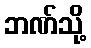
ဘဏ်သို့